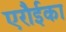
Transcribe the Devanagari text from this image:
एरौईका